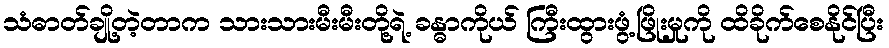
သံဓာတ်ချို့တဲ့တာက သားသားမီးမီးတို့ရဲ့ ခန္ဓာကိုယ် ကြီးထွားဖွံ့ဖြိုးမှုကို ထိခိုက်စေနိုင်ပြီး